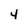
Character: 4